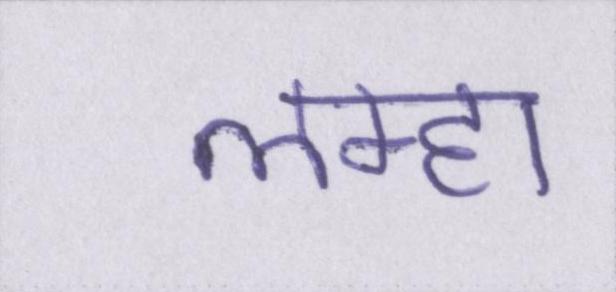
लम्हा